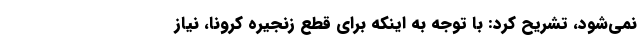
نمی‌شود، تشریح کرد: با توجه به اینکه برای قطع زنجیره کرونا، نیاز